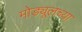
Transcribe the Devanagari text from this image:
मोड्यूलच्या